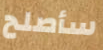
سأصلح